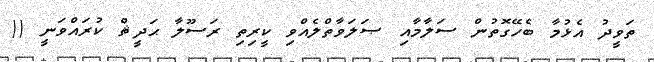
ތަވީދު އެޅުމާ ބެހޭގޮތުން ސަލާމާއި ޞަލަވާތްލެއްވި ކީރިތި ރަސޫލާ ޙަދީޘް ކުރައްވަނީ ((